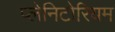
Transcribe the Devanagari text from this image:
प्लेनिटोरियम